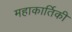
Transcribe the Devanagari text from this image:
महाकार्तिकी